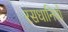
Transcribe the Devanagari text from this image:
रसधानियाँ